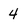
Character: 4